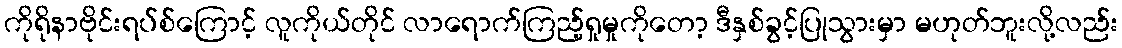
ကိုရိုနာဗိုင်းရပ်စ်ကြောင့် လူကိုယ်တိုင် လာရောက်ကြည့်ရှုမှုကိုတော့ ဒီနှစ်ခွင့်ပြုသွားမှာ မဟုတ်ဘူးလို့လည်း